Civil Veterinary Dept. Bombay admin report 1923-31 - 1923-1931
Year: 1923
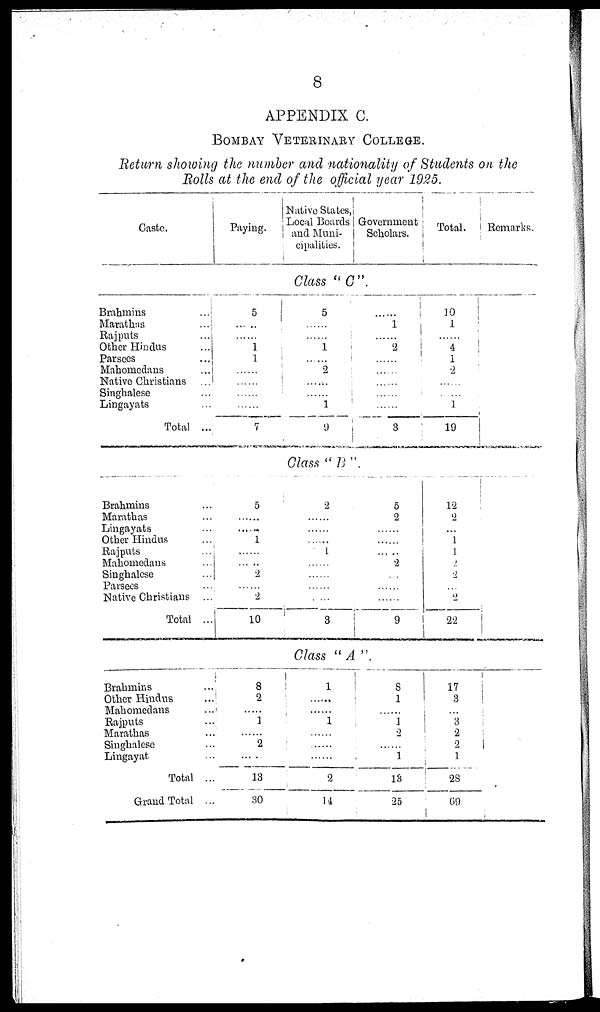
8
APPENDIX C.
BOMBAY VETERINARY COLLEGE.
Return showing the number and nationality of Students on the
Bolls at the end of the official year 1925.
Caste.
Paying.
Native States,
Local Boards
and Muni-
cipalities.
Government
Scholars.
Total.
Remarks.
Class "C".
Brahmins
...
Marathas
...
Rajputs
...
Other Hindus ...
Parsees
...
Mahomedans ...
Native Christians ...
Singhalese ...
Lingayats ...
Total ...
Brahmins ...
Marathas ...
Lingayats ...
Other Hindus ...
Rajputs ...
Mahomedans ...
Singhalese ...
Parsees ...
Native Christians ...
Total ...
5
......
......
1
1
......
......
......
......
7
5
......
......
1
......
2
......
2
10
5
......
......
1
......
2
......
......
1
9
......
1
......
2
......
......
......
......
3
Glass "B".
2
......
......
......
1
......
......
......
......
3
5
2
......
......
2
......
......
......
9
10
1
4
1
2
......
......
1
19
12
2
...
1
1
1
2
......
2
22
Glass "A".
Brahmins ...
Other Hindus ...
Mahomedans ...
Rajputs ...
Marathas ...
Singhalese ...
Lingayat ...
Total ...
Grand Total ...
8
2
......
1
......
2
......
13
30
1
......
......
1
......
......
......
2
14
8
1
......
1
2
......
1
13
25
17
3
......
3
2
2
1
28
69